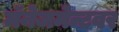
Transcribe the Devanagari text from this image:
मॅनेजमेन्टवर